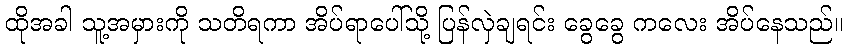
ထိုအခါ သူ့အမှားကို သတိရကာ အိပ်ရာပေါ်သို့ ပြန်လှဲချရင်း ခွေခွေ ကလေး အိပ်နေသည်။